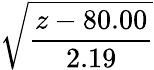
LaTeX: \displaystyle{\sqrt{\frac{z-80.00}{2.19}}}